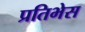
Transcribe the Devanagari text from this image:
प्रतिभेस